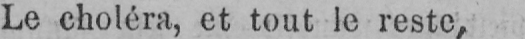
Le choléra, et tout le reste,